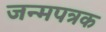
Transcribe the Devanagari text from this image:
जन्मपत्रक